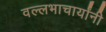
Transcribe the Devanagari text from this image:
वल्लभाचार्यांनी